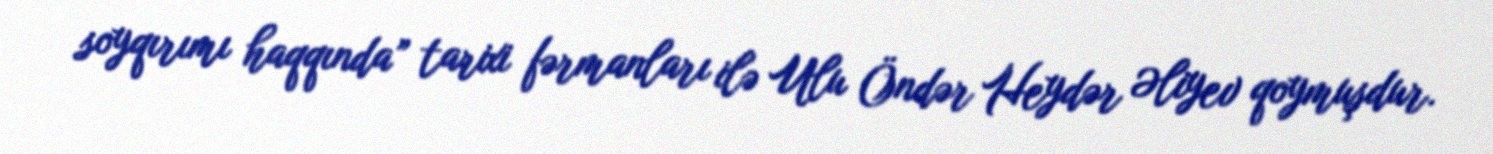
soyqırımı haqqında” tarixi fərmanları ilə Ulu Öndər Heydər Əliyev qoymuşdur.